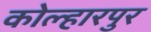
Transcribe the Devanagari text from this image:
कोल्हारपुर